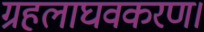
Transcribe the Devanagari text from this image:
ग्रहलाघवकरण।